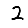
Digit: 2